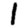
Digit: 1